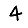
Digit: 4